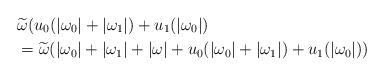
LaTeX: \begin{align*} &\widetilde{\omega}(u_0 (|\omega_0| + |\omega_1|) + u_1 (|\omega_0|)\\ &= \widetilde{\omega} (|\omega_0| + |\omega_1| + |\omega| + u_0 (|\omega_0| + |\omega_1|) + u_1 (|\omega_0|)) \end{align*}